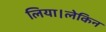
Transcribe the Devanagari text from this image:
लिया।लेकिन